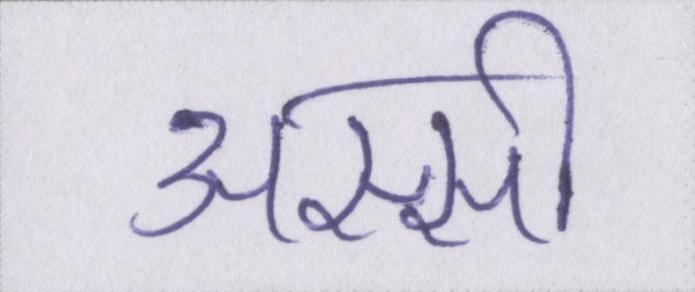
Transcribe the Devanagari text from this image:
अस्सी